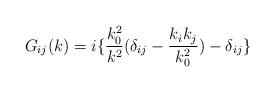
LaTeX: \begin{align*}G_{ij}(k)=i\{\frac{k_0^2}{k^2}(\delta_{ij}-\frac{k_ik_j}{k_0^2})-\delta_{ij}\}\end{align*}